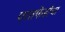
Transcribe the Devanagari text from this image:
परतफेडीचा